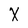
Character: Y